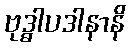
ဗုဒ္ဓါပဒါနာနိ